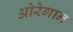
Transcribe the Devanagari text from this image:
ओरेगान